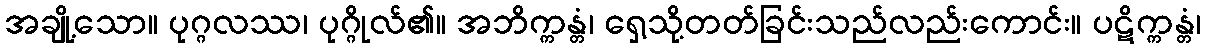
အချို့သော။ ပုဂ္ဂလဿ၊ ပုဂ္ဂိုလ်၏။ အဘိက္ကန္တံ၊ ရှေ့သို့တတ်ခြင်းသည်လည်းကောင်း။ ပဋိက္ကန္တံ၊